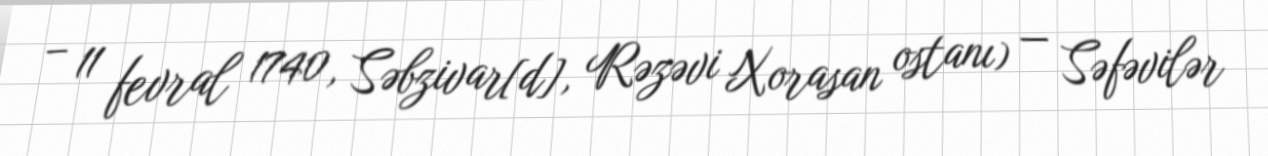
– 11 fevral 1740, Səbzivar[d], Rəzəvi Xorasan ostanı) — Səfəvilər